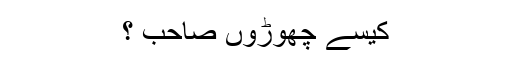
کیسے چھوڑوں صاحب ؟